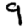
Digit: 9